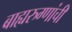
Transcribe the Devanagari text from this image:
बाह्यरुग्णांची